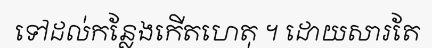
ទៅដល់កន្លែងកើតហេតុ ។ ដោយសារតែ